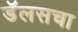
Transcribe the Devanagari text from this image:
डॅलसचा